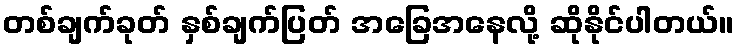
တစ်ချက်ခုတ် နှစ်ချက်ပြတ် အခြေအနေလို့ ဆိုနိုင်ပါတယ်။